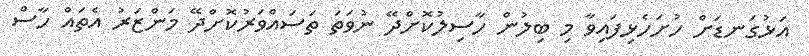
އަޅުގަނޑަށް ހުށަހެޅިފައިވާ މި ބިލުން ހާސިލުކޮށްދޭ ނުވަތަ ތަސައްވަރުކޮށްދޭ މަންޒަރު އެތައް ހާސް